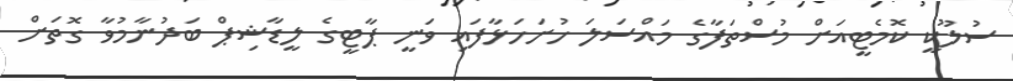
ސުލޫކީ ކޮމެޓީއަށް މުސްތަފާގެ މައްސަލަ ހުށަހަޅާފައި ވަނީ ޕާޓީގެ ލީޑާޝިޕް ބަދުނާމުވާ ގޮތަށް